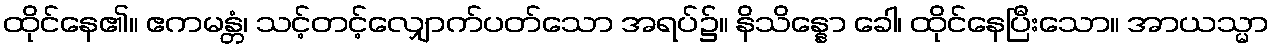
ထိုင်နေ၏။ ဧကမန္တံ၊ သင့်တင့်လျှောက်ပတ်သော အရပ်၌။ နိသိန္နော ခေါ၊ ထိုင်နေပြီးသော။ အာယသ္မာ